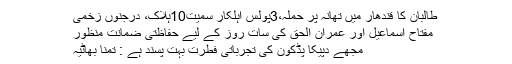
طالبان کا قندھار میں تھانہ پر حملہ،3پولس اہلکار سمیت10ہلاک، درجنوں زخمی
مفتاح اسماعیل اور عمران الحق کی سات روز کے لیے حفاظتی ضمانت منظور
مجھے دپیکا پڈکون کی تجرباتی فطرت بہت پسند ہے : تمنا بھاٹیہ